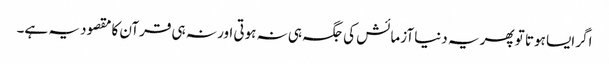
اگر ایسا ہوتا تو پھر یہ دنیا آزمائش کی جگہ ہی نہ ہوتی اور نہ ہی قرآن کا مقصود یہ ہے۔